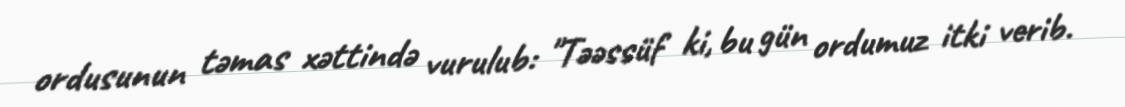
ordusunun təmas xəttində vurulub: "Təəssüf ki, bu gün ordumuz itki verib.